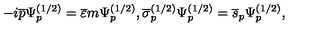
- i \overline { { p } } \Psi _ { p } ^ { ( 1 / 2 ) } = \overline { { \varepsilon } } m \Psi _ { p } ^ { ( 1 / 2 ) } , \overline { { \sigma } } _ { p } ^ { ( 1 / 2 ) } \Psi _ { p } ^ { ( 1 / 2 ) } = \overline { { s } } _ { p } \Psi _ { p } ^ { ( 1 / 2 ) } ,